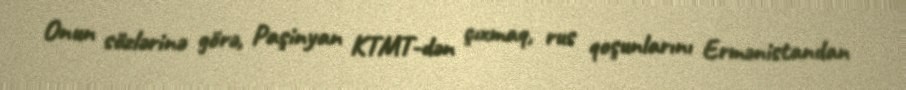
Onun sözlərinə görə, Paşinyan KTMT-dən çıxmaq, rus qoşunlarını Ermənistandan